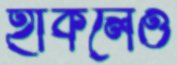
হাঁকলেও